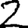
Digit: 2